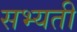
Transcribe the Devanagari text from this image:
सभ्यती